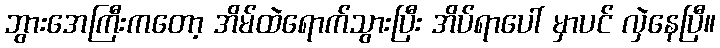
ဘွားအေကြီးကတော့ အိမ်ထဲရောက်သွားပြီး အိပ်ရာပေါ် မှာပင် လှဲနေပြီ။